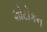
શોટોકન